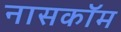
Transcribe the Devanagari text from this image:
नासकॉम